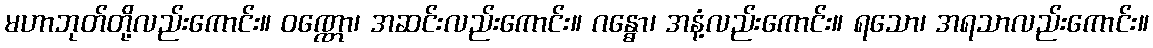
မဟာဘုတ်တို့လည်းကောင်း။ ဝဏ္ဏော၊ အဆင်းလည်းကောင်း။ ဂန္ဓော၊ အနံ့လည်းကောင်း။ ရသော၊ အရသာလည်းကောင်း။